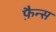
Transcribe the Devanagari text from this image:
फ़ैन्स